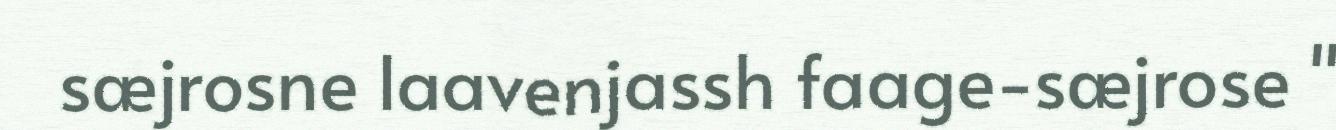
sæjrosne laavenjassh faage-sæjrose "